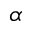
\alpha